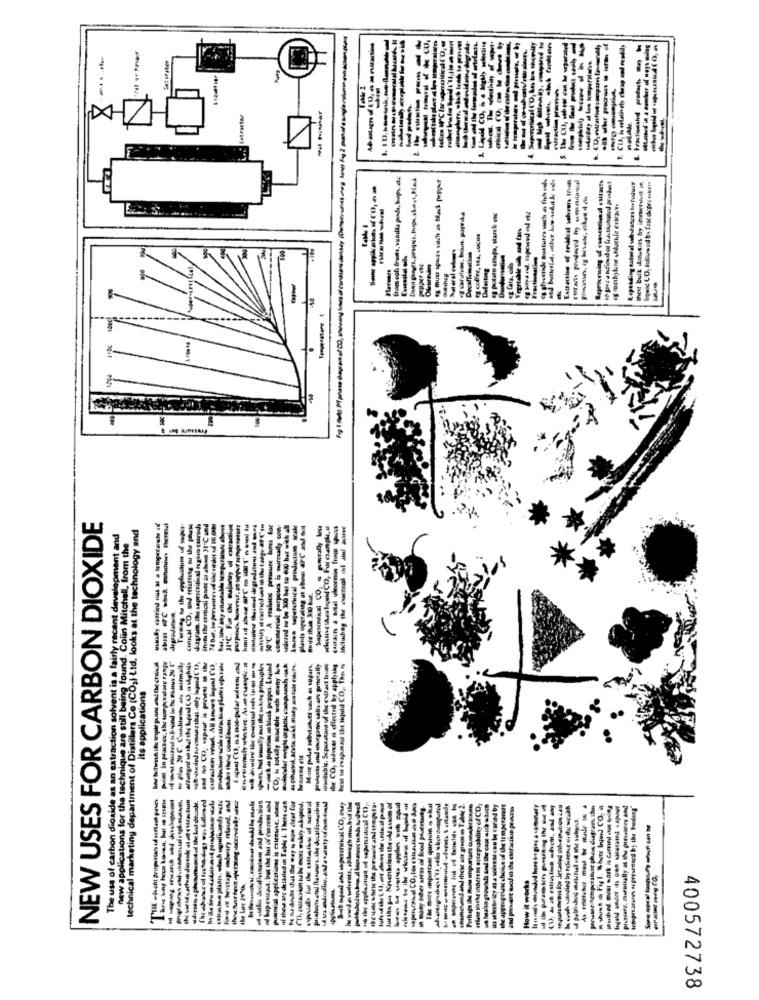
The CU, sth ess can be separated
-----
CIA, in delatingly cheap und oroddly
Les oriter
the &
Latracter
fram sols fruits, vanilla pods, baps. die
cashierde austures such as fish sols
and butterlat. other low-undale uds
Extraction of eridual sehrmis tru
ty must spaces silch as Much pepper
Reprocessing of conventional esiracts
Kapsading esterel sehndators Sur fuduct
Squid CO, followed by faut deprowok !!
«g methylene shluchle culares
Defelting
SE fars, ouls
NEW USES FOR CARBON DIOXIDE
technical marketing department of Distillers Co (CO2) Ltd, looks at the technology and
-----
cinal CD, and mattisg to the phone
Jagram. Ihs sapercritical igiun cairodi
into the conical punt at alan 31-C and
50℃ A realistic pressure hamas boe
commercial purposes is nurmaily con-
sidered so be 300 ber to 400 bur with all
The use of carbon dioxide as an extraction solvent is a fairly recent development and
que are still being found. Colin Mitchell, from the
----------
Mare pulur substances sach as superk.
Prulots and murgatec salts are generally
the CO, wivesi e effected by applying
its applications
under these comdonuts
I pada.
new applications for the technique
--
sulle decalionstaan and production
pal ani spurenskal CO, muy
porume/temperature phase diagram.ihn
-- . Fil. She Impend CO.
temprarares Bepresented by the todung"
How it works
400572738